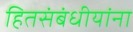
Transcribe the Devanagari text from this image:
हितसंबंधीयांना